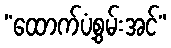
“ထောက်ပံ့စွမ်းအင်”